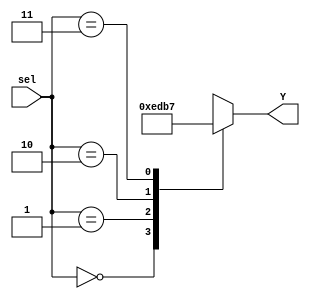
`timescale 1ns / 1ps
//////////////////////////////////////////////////////////////////////////////////
// Company: 
// Engineer: 
// 
// Design Name: 
// Module Name: anode_dec
// Project Name: 
// Target Devices: 
// Tool Versions: 
// Description: 
// 
// Dependencies: 
// 
// Revision:
// Revision 0.01 - File Created
// Additional Comments:
// 
//////////////////////////////////////////////////////////////////////////////////


module anode_dec(
input [1:0] sel,
output reg [3:0] Y
    );
 always @(sel,Y)
 begin
     case(sel)
     2'b00: Y <= 4'b1110;
     2'b01: Y <= 4'b1101;
     2'b10: Y <= 4'b1011;
     2'b11: Y <= 4'b0111;
    endcase
end
endmodule